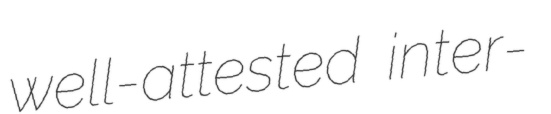
well-attested inter-